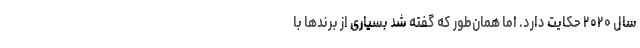
سال ۲۰۲۰ حکایت دارد. اما همان‌طور که گفته شد بسیاری از برند‌ها با